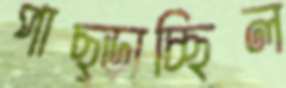
পাছ্‌ড়াচ্ছিল